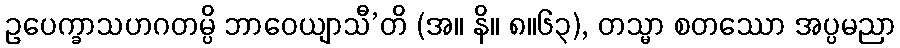
ဥပေက္ခာသဟဂတမ္ပိ ဘာဝေယျာသီ’တိ (အ။ နိ။ ၈။၆၃), တသ္မာ စတဿော အပ္ပမညာ